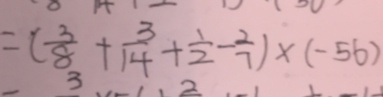
= ( \frac { 3 } { 8 } + \frac { 3 } { 1 4 } + \frac { 1 } { 2 } - \frac { 2 } { 7 } ) \times ( - 5 6 )